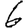
Digit: 6